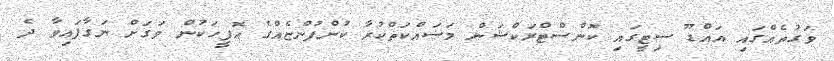
ވަގުތެއްގައި އައްޑޫ ސިޓީގައި ކޮންސްޓްރަކްޝަން މަސައްކަތްކުރާ ކުންފުންޏެއްގެ އޮފީހަކުން ވަގަށް ނަގާފައިވާ ދެ